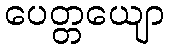
ပေတ္တယျော